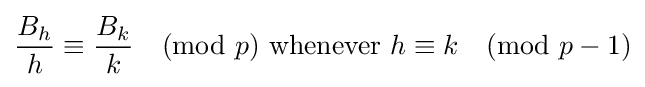
{\frac {B_{h}}{h}}\equiv {\frac {B_{k}}{k}}{\pmod {p}}{\text{ whenever }}h\equiv k{\pmod {p-1}}